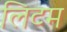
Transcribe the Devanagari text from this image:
लिटम